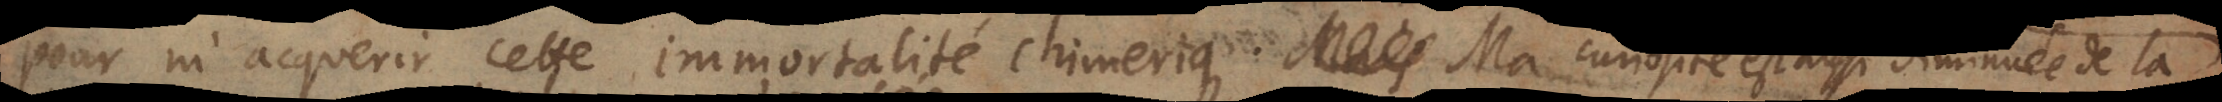
pour m’acquerir cette immortalité chimerique. Mais Ma curiosité est aussi diminuée d